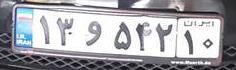
۱۳و۵۴۲۱۰